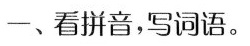
一、看拼音，写词语。